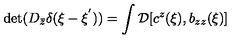
\mathrm { d e t } ( D _ { \bar { z } } \delta ( \xi - \xi ^ { ' } ) ) = \int { \cal D } [ c ^ { z } ( \xi ) , b _ { z z } ( \xi ) ]